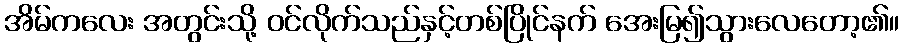
အိမ်ကလေး အတွင်းသို့ ဝင်လိုက်သည်နှင့်တစ်ပြိုင်နက် အေးမြ၍သွားလေတော့၏။